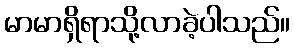
မာမာရှိရာသို့လာခဲ့ပါသည်။